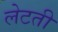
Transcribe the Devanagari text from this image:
लेटती